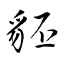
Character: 豾